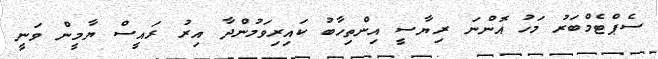
ސެޕްޓެމްބަރު މަހު އޮންނަ ރިޔާސީ އިންތިހާބު ކައިރިވަމުންދާ އިރު ރައީސް ޔާމީން ވަނީ